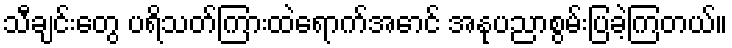
သီချင်းတွေ ပရိသတ်ကြားထဲရောက်အောင် အနုပညာစွမ်းပြခဲ့ကြတယ်။